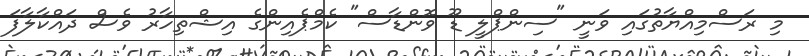
މި ރަސްމިއްޔާތުގައި ވަނީ "ސިންޕްލީ ޑޫ ވޮންޑާސް" ކެމްޕެއިންގެ އިޝްތިހާރު ވެސް ދައްކާލާފަ